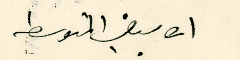
الابيض المتوسط